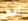
تغفر